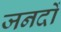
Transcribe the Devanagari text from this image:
जनदों